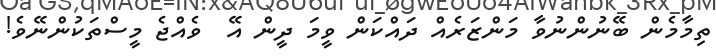
ތިމާމެން ބޭނުންނުވާ މަންޒަރެއް ދައްކަން ވީމަ ދީން އޭ  ވެއްޖެ މީސްތަކުންނޭވެ!